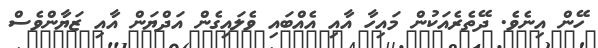
ހޭން އިނެވެ. ދޭތެރެއަކުން މައިހާ އާއި އެއްބައި ވެލައިގެން އަދްޔަން އާއި ޒަޔާންވެސް